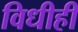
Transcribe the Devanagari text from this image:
विधीही